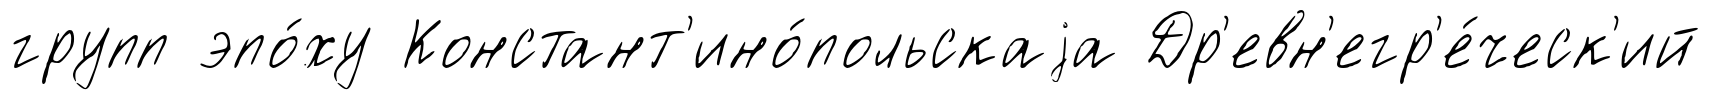
групп эпо́ху Констант'ино́польскаjа Др'евн'егр'е́ческ'ий